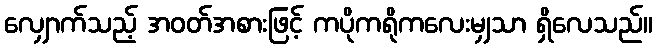
လျှောက်သည့် အဝတ်အစားဖြင့် ကပိုကရိုကလေးမျှသာ ရှိလေသည်။